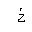
Letter: _kha